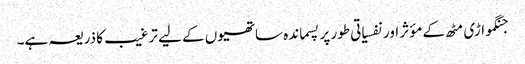
جنگمواڑی مٹھ کے مؤثر اور نفسیاتی طور پر پسماندہ ساتھیوں کے لیے ترغیب کا ذریعہ ہے۔